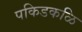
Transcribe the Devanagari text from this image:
पकिडकळि